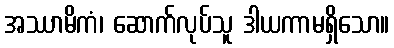
အဿာမိကံ၊ ဆောက်လုပ်သူ ဒါယကာမရှိသော။